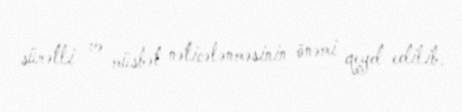
sürətli və müsbət nəticələnməsinin önəmi qeyd edilib.